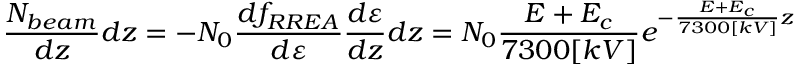
\frac { N _ { b e a m } } { d z } d z = - N _ { 0 } \frac { d f _ { R R E A } } { d \varepsilon } \frac { d \varepsilon } { d z } d z = N _ { 0 } \frac { E + E _ { c } } { 7 3 0 0 [ k V ] } e ^ { - \frac { E + E _ { c } } { 7 3 0 0 [ k V ] } z }